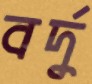
বর্দু